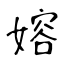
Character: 嫆